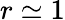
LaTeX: r\simeq 1